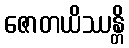
ဇောတယိဿန္တိ